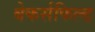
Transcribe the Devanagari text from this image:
बेकर्सफिल्ड